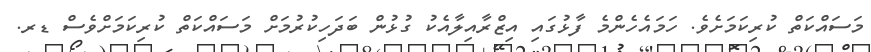
މަސައްކަތް ކުރިކަމަށެވެ. ހަމައެހެންމެ ފާޅުގައި އިޒްރާއިލާއެކު ގުޅުން ބަދަހިކުރުމަށް މަސައްކަތް ކުރިކަމަށްވެސް ޑރ.